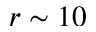
r \sim 1 0